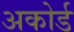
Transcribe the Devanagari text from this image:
अकोर्ड